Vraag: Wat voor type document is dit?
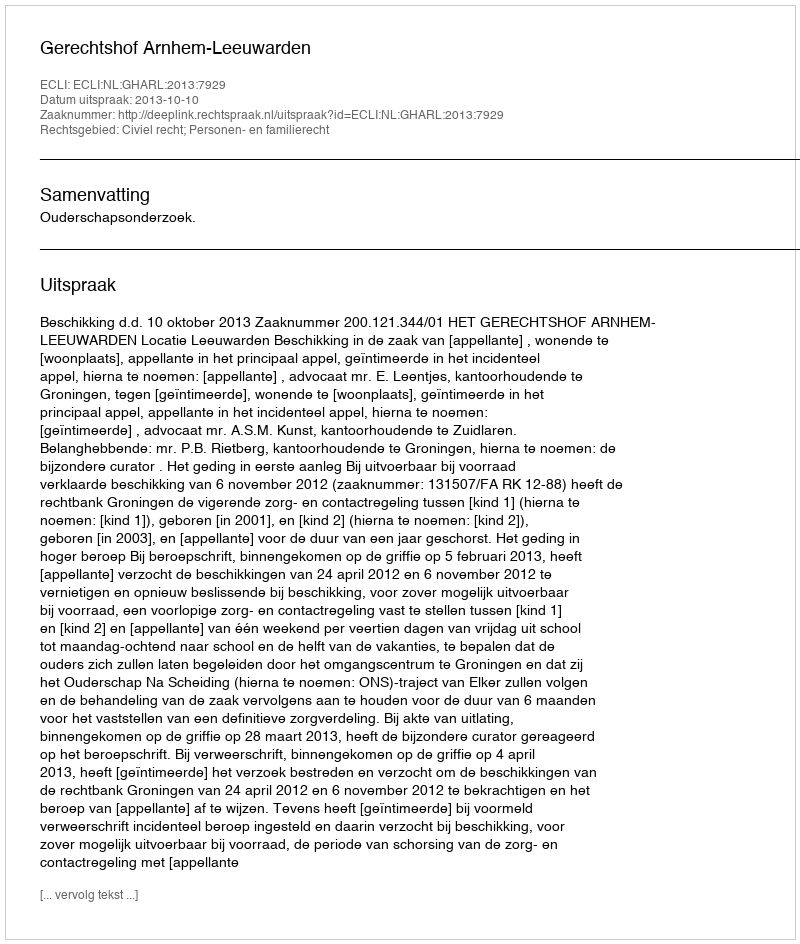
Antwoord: Uitspraak